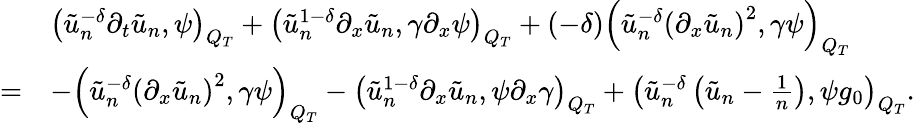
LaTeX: \begin{array}{rl}&{\left(\tilde{u}_{n}^{-\delta}\partial_{t}\tilde{u}_{n},\psi\right)_{Q_{T}}+\left(\tilde{u}_{n}^{1-\delta}\partial_{x}\tilde{u}_{n},\gamma\partial_{x}\psi\right)_{Q_{T}}+(-\delta)\left(\tilde{u}_{n}^{-\delta}\left(\partial_{x}\tilde{u}_{n}\right)^{2},\gamma\psi\right)_{Q_{T}}}\\ {=}&{-\left(\tilde{u}_{n}^{-\delta}\left(\partial_{x}\tilde{u}_{n}\right)^{2},\gamma\psi\right)_{Q_{T}}-\left(\tilde{u}_{n}^{1-\delta}\partial_{x}\tilde{u}_{n},\psi\partial_{x}\gamma\right)_{Q_{T}}+\left(\tilde{u}_{n}^{-\delta}\left(\tilde{u}_{n}-\frac{1}{n}\right),\psi g_{0}\right)_{Q_{T}}.}\end{array}